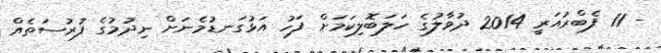
- 11 ފެބްރުއަރީ 2014 ދުވާލުގެ ހަލަބޮލިކަމަށް ފަހު އަޅުގަނޑުމެނަށް ނިދުމުގެ ފުރުސަތެއް